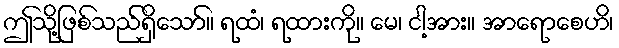
ဤသို့ဖြစ်သည်ရှိသော်။ ရထံ၊ ရထားကို။ မေ၊ ငါ့အား။ အာရောစေဟိ၊